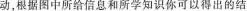
动，根据图中所给信息和所学知识你可以得出的结